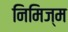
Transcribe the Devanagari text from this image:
निमिज्म